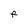
Character: F